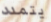
يتمدد